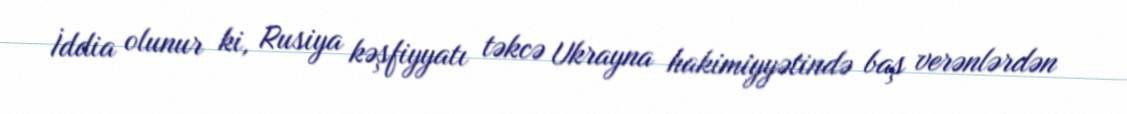
İddia olunur ki, Rusiya kəşfiyyatı təkcə Ukrayna hakimiyyətində baş verənlərdən